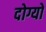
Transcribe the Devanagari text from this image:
दोग्यो